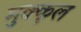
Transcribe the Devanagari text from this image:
मुक्कूल